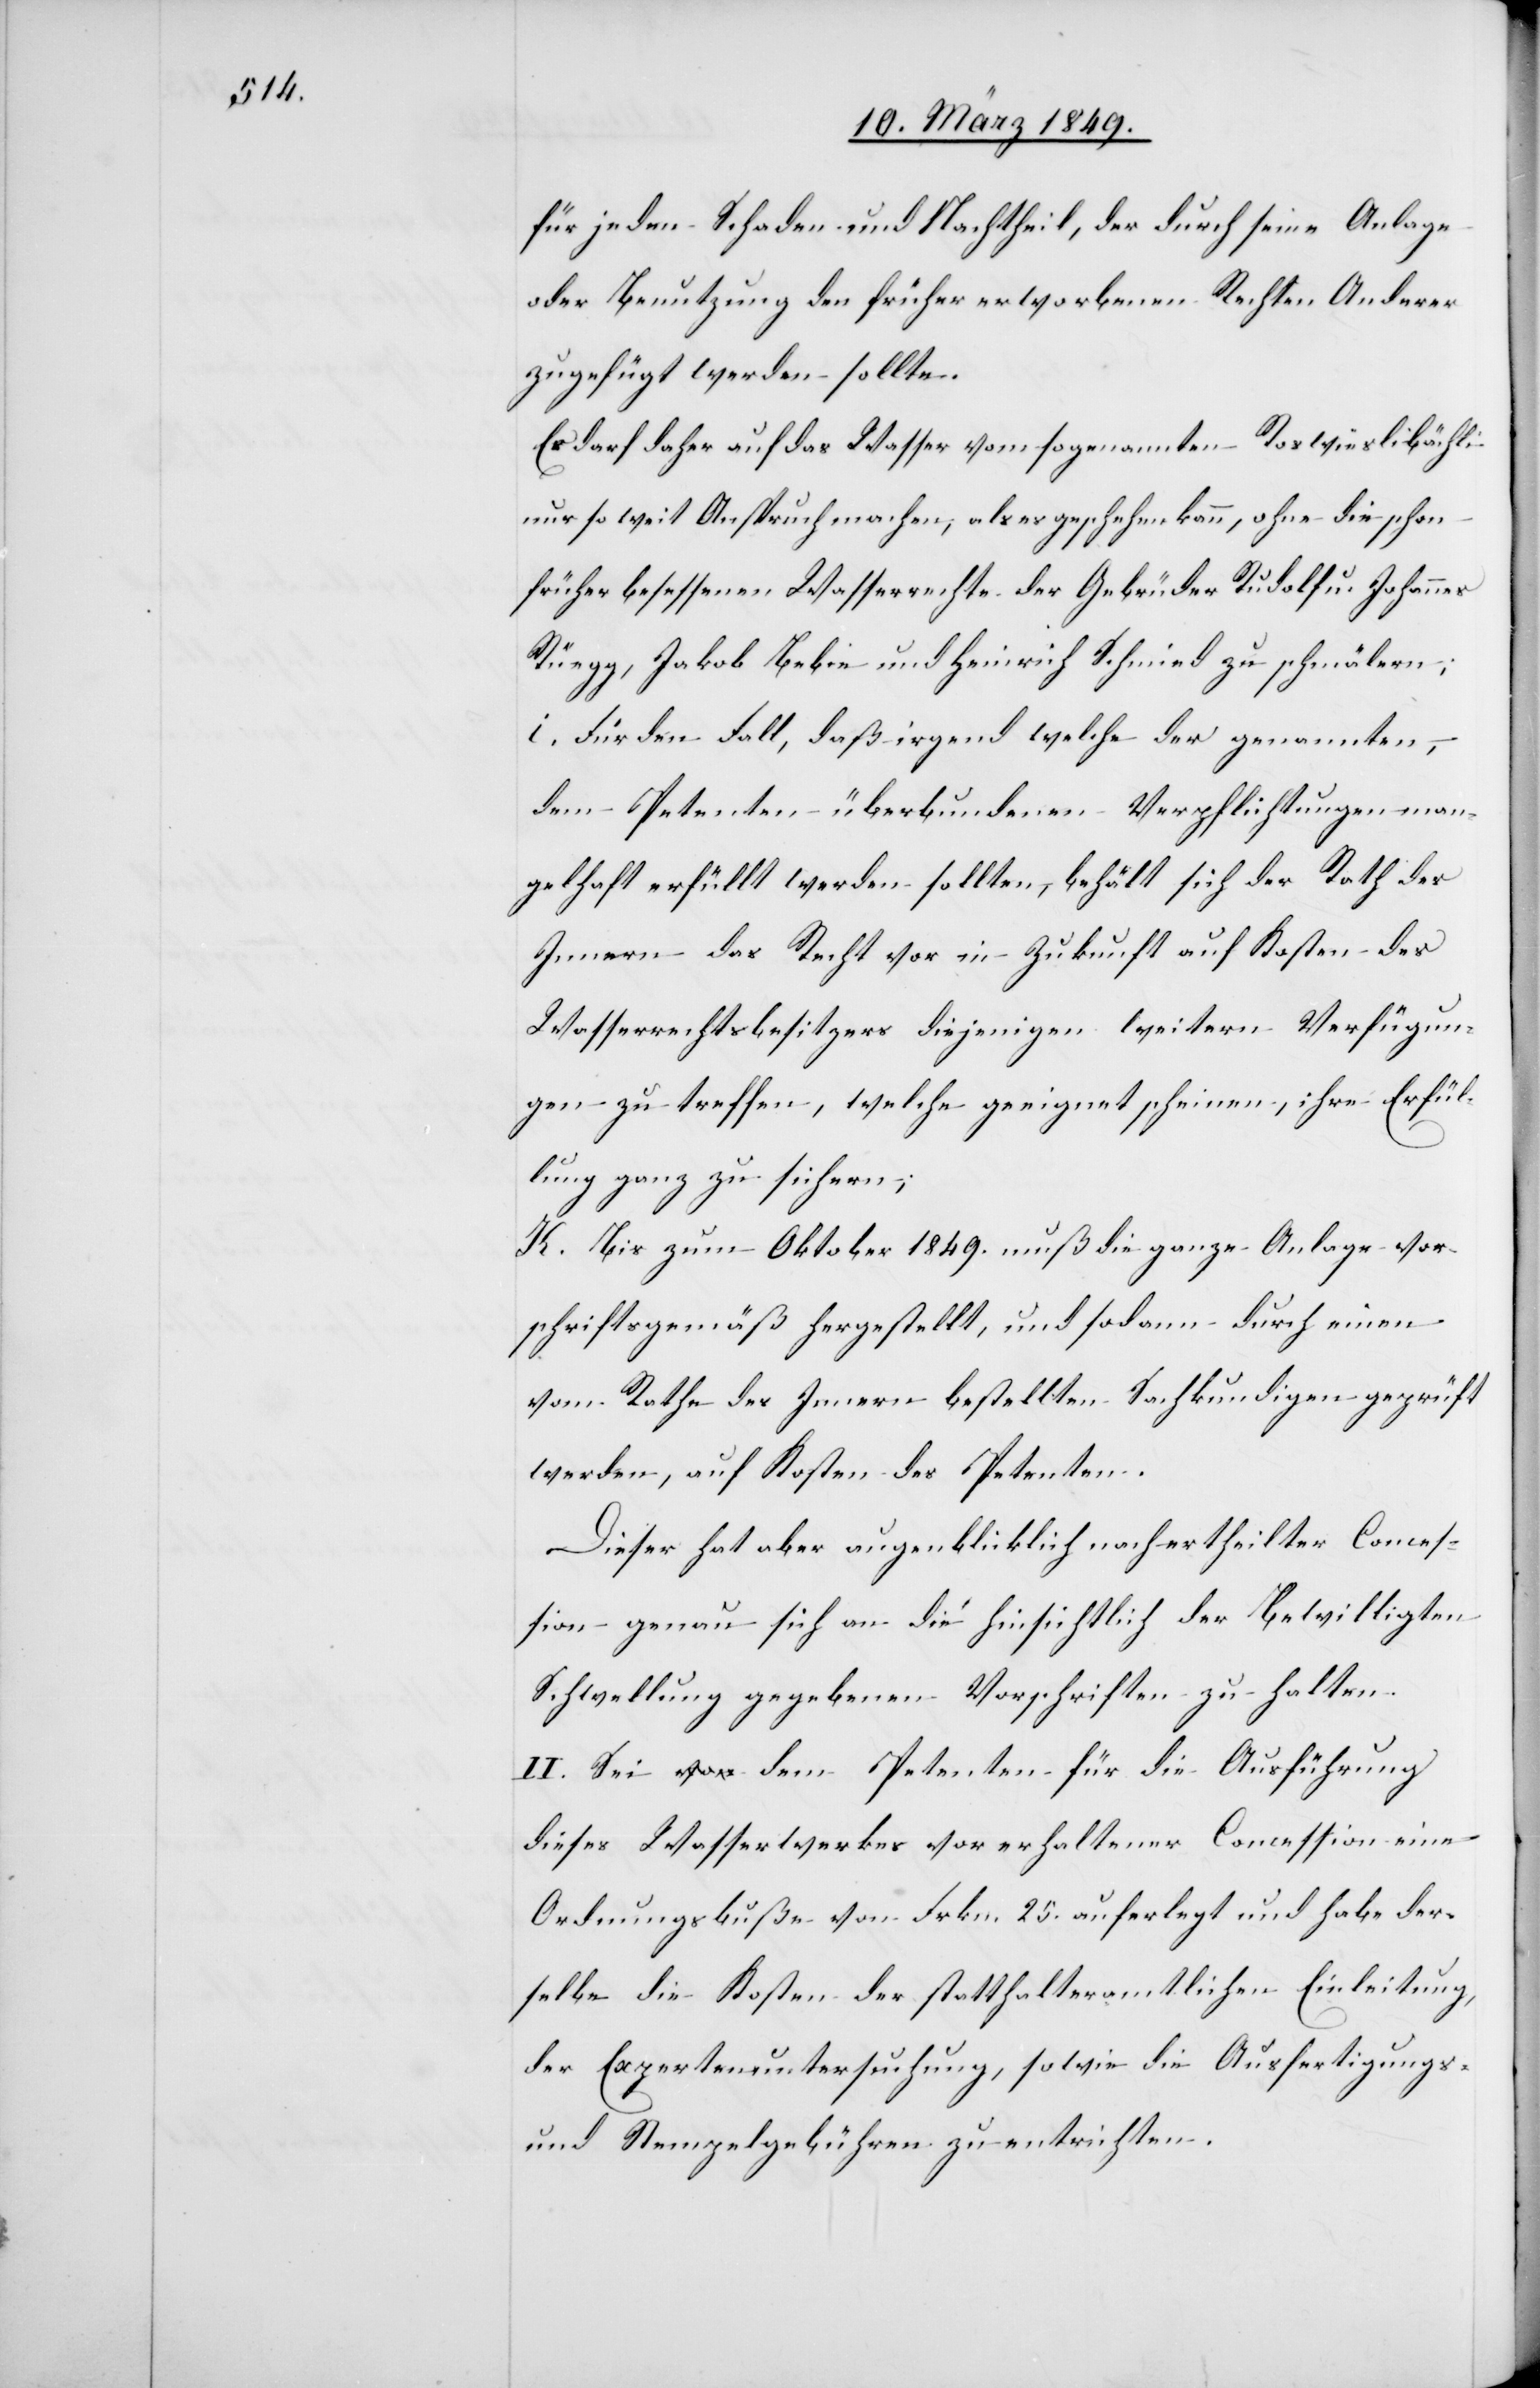
für jeden Schaden und Nachtheil, der durch seine Anlage
oder Benutzung den früher erworbenen Rechten Anderer
zugefügt werden sollte.
Er darf daher auf das Wasser vom sogenannten Roswieslibächl¬
i
nur so weit Anspruch machen, als es geschehen kann, ohne die schon
früher besessenen Wasserrechte der Gebrüder Rudolf u. Johannes
[sic!], Jakob Bebie und Heinrich Schmied zu schmälern;
i. Für den Fall, daß irgend welche der genannten,
dem Petenten überbundenen Verpflichtungen man¬
gelhaft erfüllt werden sollten, behält sich der Rath des
Innern das Recht vor in Zukunft auf Kosten des
Wasserrechtsbesitzers diejenigen weitern Verfügun¬
gen zu treffen, welche geeignet scheinen, ihre Erfül¬
lung ganz zu sichern;
K. Bis zum Oktober 1849. muß die ganze Anlage vor¬
schriftsgemäß hergestellt, und sodann durch einen
vom Rathe des Innern bestellten Sachkundigen geprüft
werden, auf Kosten des Petenten.
Dieser hat aber augenblicklich nach ertheilter Conces¬
sion genau sich an die hinsichtlich der Bewilligten
Schwellung gegebenen Vorschriften zu halten.
II. Sei dem Petenten für die Ausführung
dieses Wasserwerkes vor erhaltener Concession eine
Ordnungsbuße von Frkn. 25. auferlegt und habe der¬
selbe die Kosten der statthalteramtlichen Einleitung,
der Expertenuntersuchung, sowie die Ausfertigungs-
und Stempelgebühren zu entrichten.